Calcutta medical institutions reports 1892-1900
Year: 1892
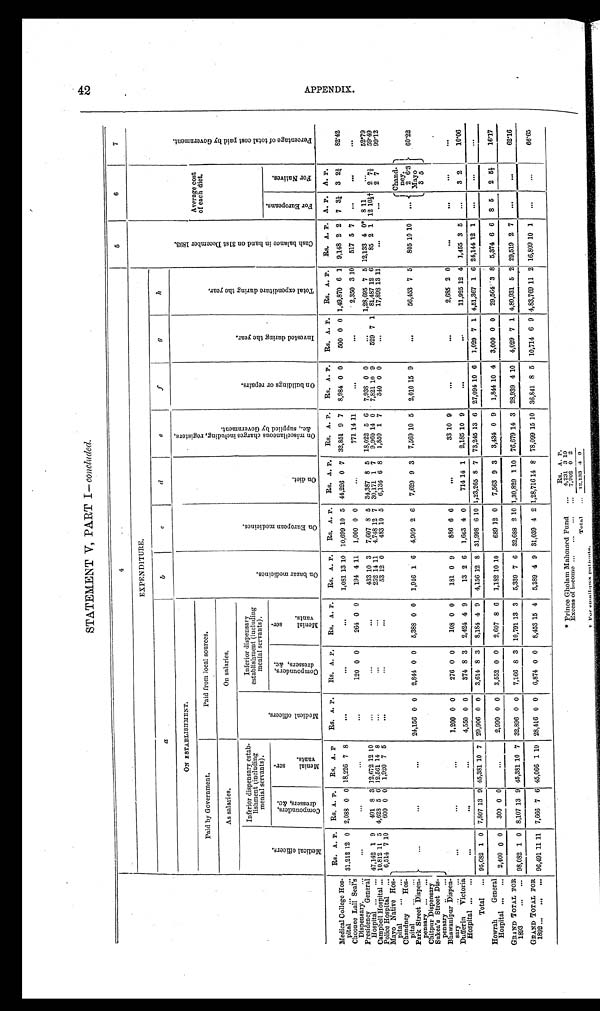
STATEMENT V, PART I—concluded.
4
5
6
7
EXPENDITURE.
a
b
c
d
e
f
g
h
ON ESTABLISHMENT.
O n b a z a r m e d i c i n e s .
O n E u r o p e a n m e d i c i n e s
O n d i e t .
O n m i s c e l l a n e o u s c h a r g e s i n c l u d i n g , r e g i s t e r s ,
& c . , s u p p l i e d b y G o v e r n m e n t .
O n b u i l d i n g s o r r e p a i r s .
I n v e s t e d d u r i n g t h e y e a r .
T o t a l e x p e n d i t u r e d u r i n g t h e y e a r .
C a s h b a l a n c e i n h a n d o n 3 1 s t D e c e m b e r 1 8 9 3 .
Average cost
of each diet.
P e r c e n t a g e o f t o t a l c o s t p a i d b y G o v e r n m e n t .
Paid by Government.
Paid from local sources.
As salaries.
On salaries.
Inferior dispensary estab-
lishment (including
menial servants).
M e d i c a l o f f i c e r s .
Inferior dispensary
establishment (including
menial servants).
M e d i c a l o f f i c e r s .
C o m p o u n d e r s ,
d r e s s e r s , & c .
M e n i a l s e r -
v a n t s .
C o m p o u n d e r s ,
d r e s s e r s , & c .
M e n i a l s e r -
v a n t s .
F o r E u r o p e a n s .
F o r N a t i v e s .
Rs. A. P. Rs. A. P . Rs. A. P . Rs. A. P. Rs. A. P. Rs. A. P. Rs. A. P. Rs. A. P. RS. A. P. Rs. A. P. Rs. A. P. Rs. A. P. Rs. A. P. Rs. A. P. A. P. A. P.
Medical College Hos-
pital ... ... 31,212 12 0 2,088 0 0 18,226 7 8
. . .
...
. . . 1,081 13 10 10,699 10 5 44,226 0 7 32,851 9 7 8,984 0 0 500 0 0 1,49,870 6 1 9,148 2 2 7 3¼ 3 2¾ 82.42
Choonee Lall Seal's
Dispensary. ...
...
. . .
. . .
. . .
120 0 0 264 0 0 194 4 1 1 1,000 0 0
. . .
771 14 11
...
...
2,350 3 10 517 5 7 ... ...
...
Presidency General
Hospital ... ... 47,142 1 9 491 8 3 12,672 12 10
...
. . . ...
433 10 3 7,607 8 5 34,387 8 5 18,022 5 6 7,938 0 0
. . . 1,28,695 7 5 12,133 4 0* 8 11 ...
52.79
Campbell Hospital ... 10,812 11 5 4,628 5 6 12,561 14 8
...
...
. . . 252 14 11 4,748 12 7 30,171 1 7 9,960 14 0 7,821 10 9 529 7 1 81,487 12 6 85 2 1 12 10½† 2 7 1/ 3 59.49
Police Hospital ... 6,514 7 10 600 0 0 1,920 7 5
. . .
. . . ...
53 12 0 483 10 5 6,136 6 8 1,850 1 7 340 0 0
...
17,898 13 11 ...
... 2 7
99.12
Mayo Native Hos-
pital ... ...
. . .
. . .
. . . 24,156 0 0 2,844 0 0 5,388 0 0 1,946 1 6 4,909 2 6 7,629 9 3 7,569 10 5 2,010 15 9
...
56,453 7 5 805 10 10
. . .
Chand- ney. 2 6.3
Ma y o 3 5
60.22
Chandney Hos-
p i t a l . . . . .
Park Street Dispen-
pensary ... ...
Chitpur Dispensary
Sukea's Street Dis-
pensary ... ...
Bhawanipur Dispen-
sary ... ...
...
...
. . . 1,200 0 0 276 0 0 108 0 0 181 0 9 886 6 6
...
33 10 9
. . .
. . . 2,685 2 0 ...
. . . ...
...
Dufferin Victoria
Hospital ... ...
. . .
...
...
4,550 0 0 374 8 3 2,424 4 9 13 2 6 1,663 4 0 714 14 1 2,185 10 9
. . .
...
11,925 12 4 1,455 3 5 ... 3 2
10.06
Total ... 95,682 1 0 7,807 13 9 45,38110 7 29,906 0 0 3,614 8 3 8,184 4 9 4,156 12 8 31,998 6 10 1,23,265 8 7 73,245 13 6 27,094 10 6 1,029 7 1 4,51,367 1 6 24,144 12 1 ... ...
...
Howrah General
Hospital ... ... 2,400 0 0 300 0 0 ...
2,990 0 0 3,552 0 0 2,607 8 6 1,182 10 10 689 12 0 7,563 9 3 3,434 0 9 1,844 10 4 3,000 0 0 29,564 3 8 5,374 6 6 8 5 2 5½ 16.17
GRAND TOTAL FOR
1 8 9 3 . . . . . .
98,082 1 0 8,107 13 9 45,381 10 7 32,896 0 0 7,166 8 3 10,791 13 3 5,339 7 6 32,688 2 10 1,30,829 1 10 76,679 14 3 28,939 4 10 4,029 7 1 4,80,931 5 2 29,519 2 7 ... . . .
62.16
GRAND TOTAL FOR
1892 ... ... ... 96,49111 11 7,666 7 6 45,066 1 10 28,416 0 0 6,874 0 0 8,453 15 4 5,389 4 9 31,039 4 2 1,28,716 14 8 78,099 15 10 36,841 8 5 10,714 6 9 4,83,769 11 2 16,809 10 1 . . . . . .
66.65
Rs. A. P.
* Prince Gholam Mahomed Fund.
. . . 4,231 3 10
Excess of income ... ... ... ... 7,902 0 2
Total ... 12,133 4 0
† For small-pox patients.
A P P E N D I X .